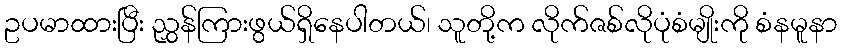
ဥပမာထားပြီး ညွှန်ကြားဖွယ်ရှိနေပါတယ်၊ သူတို့က လိုက်ဇစ်လိုပုံစံမျိုးကို စံနမူနာ